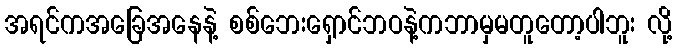
အရင်ကအခြေအနေနဲ့ စစ်ဘေးရှောင်ဘဝနဲ့ကဘာမှမတူတော့ပါဘူး လို့